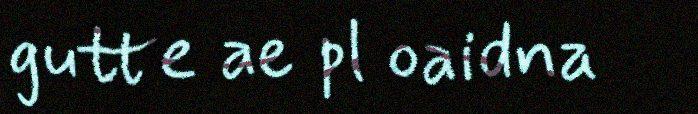
gutte ae pl oaidna